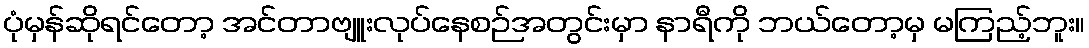
ပုံမှန်ဆိုရင်တော့ အင်တာဗျူးလုပ်နေစဉ်အတွင်းမှာ နာရီကို ဘယ်တော့မှ မကြည့်ဘူး။